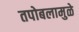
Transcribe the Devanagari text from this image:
तपोबलामुळे